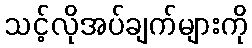
သင့်လိုအပ်ချက်များကို